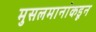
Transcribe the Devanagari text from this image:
मुसलमानांकडून